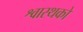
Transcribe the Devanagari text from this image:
श्वास्थको